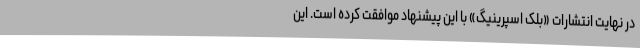
در نهایت انتشارات «بلک اسپرینیگ» با این پیشنهاد موافقت کرده است. این